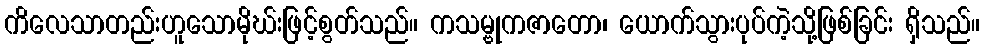
ကိလေသာတည်းဟူသောမိုဃ်းဖြင့်စွတ်သည်။ ကသမ္ဗုကဇာတော၊ ယောက်သွားပုပ်ကဲ့သို့ဖြစ်ခြင်း ရှိသည်။